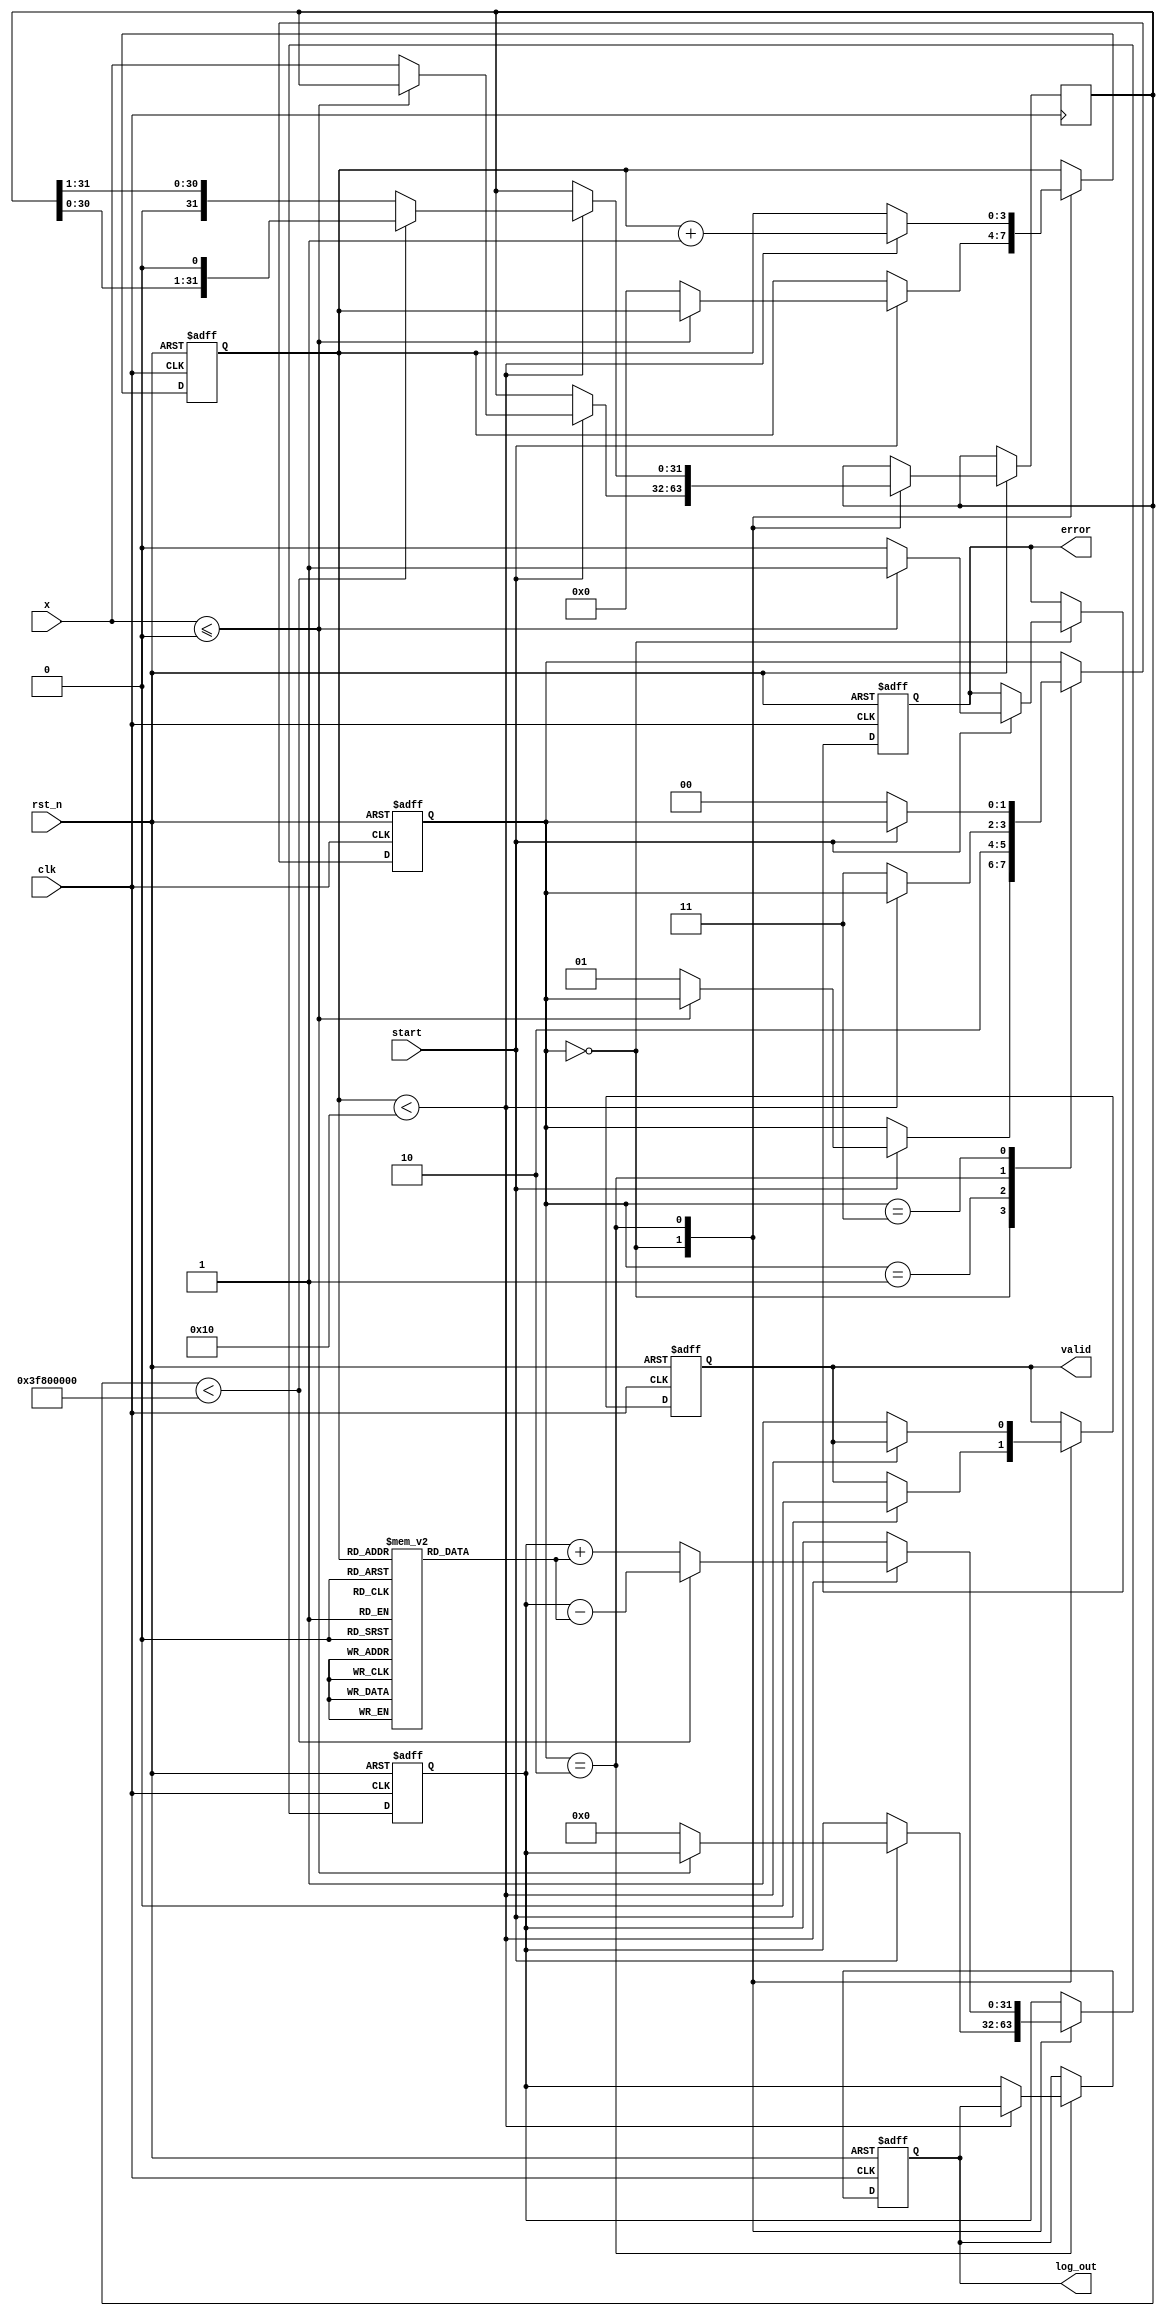
module cordic_logarithm (
    input wire clk,
    input wire rst_n,
    input wire start,
    input wire [31:0] x, // Input: normalized floating-point number
    output reg [31:0] log_out, // Output: logarithm result
    output reg valid, // Output: indicates valid output
    output reg error // Output: indicates error (invalid input)
);

    parameter N = 16; // Number of iterations
    parameter FIXED_POINT_SCALE = 16; // Scale factor for fixed-point representation

    reg [31:0] x_reg;
    reg [31:0] z; // Current estimate of logarithm
    reg [31:0] atan_table [0:N-1]; // Pre-calculated arctangent values
    reg [3:0] iteration;
    reg [1:0] state;

    // State encoding
    localparam IDLE = 2'b00,
               INIT = 2'b01,
               CALC = 2'b10,
               DONE = 2'b11;

    // Pre-calculated arctangent values (fixed-point representation)
    initial begin
        atan_table[0] = 32'h00000000; // atan(2^0)
        atan_table[1] = 32'h3F19999A; // atan(2^-1)
        atan_table[2] = 32'h3E4CCCCD; // atan(2^-2)
        atan_table[3] = 32'h3D555555; // atan(2^-3)
        // Continue filling the atan_table for N iterations...
        // Example values, need to be filled with actual atan values
    end

    // State Machine for CORDIC Logarithm Calculation
    always @(posedge clk or negedge rst_n) begin
        if (!rst_n) begin
            state <= IDLE;
            valid <= 1'b0;
            error <= 1'b0;
            iteration <= 0;
            log_out <= 32'b0;
            z <= 32'b0;
        end else begin
            case (state)
                IDLE: begin
                    if (start) begin
                        if (x <= 32'b0) begin
                            error <= 1'b1; // Invalid input
                            valid <= 1'b0;
                        end else begin
                            error <= 1'b0; // Valid input
                            valid <= 1'b0;
                            x_reg <= x; // Store input
                            z <= 32'b0; // Initial value of logarithm
                            iteration <= 0; // Reset iteration count
                            state <= INIT; // Move to initialization
                        end
                    end
                end

                INIT: begin
                    // Scale input if necessary (not shown)
                    // Initial angle calculation can be done here if needed
                    state <= CALC; // Move to calculation
                end

                CALC: begin
                    if (iteration < N) begin
                        // CORDIC update equations
                        if (x_reg < 32'h3F800000) begin // If x_reg < 1.0
                            x_reg <= x_reg << 1; // Scale x up
                            z <= z - atan_table[iteration]; // Update z
                        end else begin
                            x_reg <= x_reg >> 1; // Scale x down
                            z <= z + atan_table[iteration]; // Update z
                        end
                        iteration <= iteration + 1; // Increment iteration
                    end else begin
                        log_out <= z; // Final logarithm value
                        valid <= 1'b1; // Output valid
                        state <= DONE; // Move to done state
                    end
                end

                DONE: begin
                    if (!start) begin
                        state <= IDLE; // Reset to idle state
                    end
                end

                default: state <= IDLE; // Default case
            endcase
        end
    end

endmodule